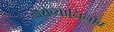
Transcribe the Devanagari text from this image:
वोरोब्यानिनोव